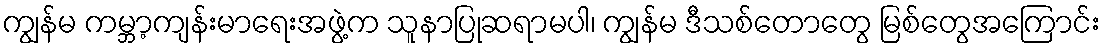
ကျွန်မ ကမ္ဘာ့ကျန်းမာရေးအဖွဲ့က သူနာပြုဆရာမပါ၊ ကျွန်မ ဒီသစ်တောတွေ မြစ်တွေအကြောင်း